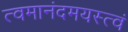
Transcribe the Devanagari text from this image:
त्वमानंदमयस्त्वं